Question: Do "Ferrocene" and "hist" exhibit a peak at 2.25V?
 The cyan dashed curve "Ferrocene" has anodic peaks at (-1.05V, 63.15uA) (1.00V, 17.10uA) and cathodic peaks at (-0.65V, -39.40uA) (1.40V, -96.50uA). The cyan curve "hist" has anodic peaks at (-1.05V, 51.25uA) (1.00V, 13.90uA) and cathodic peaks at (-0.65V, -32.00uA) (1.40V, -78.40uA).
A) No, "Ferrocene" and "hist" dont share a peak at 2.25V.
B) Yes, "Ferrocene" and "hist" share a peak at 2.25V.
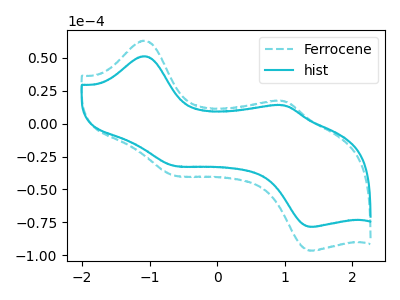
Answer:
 <answer>A) No, "Ferrocene" and "hist" dont share a peak at 2.25V.</answer>
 <eval>A</eval>